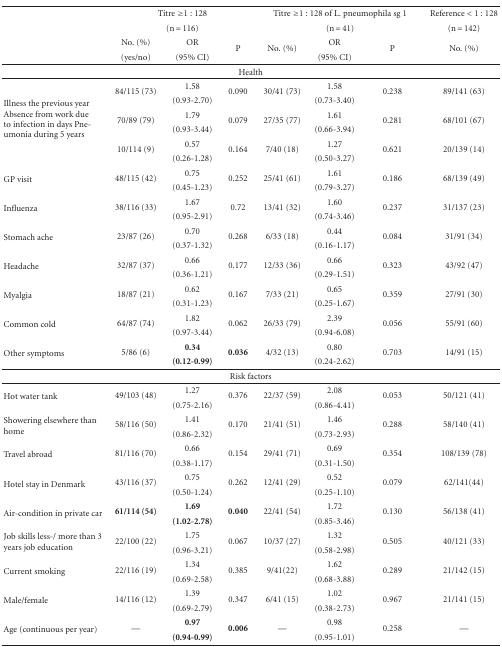
<table><thead><tr><td></td><td colspan="3"><b>Titre≥1 : 128</b></td><td colspan="3"><b>Titre≥1 : 128 of L. pneumophila sg 1</b></td><td><b>Reference &lt; 1 :128</b></td></tr><tr><td></td><td colspan="3"><b>(n = 116)</b></td><td colspan="3"><b>(n = 41)</b></td><td><b>(n=142)</b></td></tr><tr><td></td><td><b>No. (%)</b></td><td><b>OR</b></td><td rowspan="2"><b>P</b></td><td rowspan="2"><b>No. (%)</b></td><td><b>OR</b></td><td rowspan="2"><b>P</b></td><td rowspan="2"><b>No. (%)</b></td></tr><tr><td></td><td><b>(yes/no)</b></td><td><b>(95% CI)</b></td><td><b>(95% CI)</b></td></tr></thead><tbody><tr><td colspan="8">Health</td></tr><tr><td rowspan="6">Illness the previous yearAbsence from work due to infection in days Pneumonia during 5years </td><td rowspan="2">84/115 (73)</td><td>1.58</td><td rowspan="2">0.090</td><td rowspan="2">30/41 (73)</td><td>1.58</td><td rowspan="2">0.238</td><td rowspan="2">89/141 (63)</td></tr><tr><td>(0.93-2.70)</td><td>(0.73-3.40)</td></tr><tr><td rowspan="2">70/89 (79)</td><td>1.79</td><td rowspan="2">0.079</td><td rowspan="2">27/35 (77)</td><td>1.61</td><td rowspan="2">0.281</td><td rowspan="2">68/101 (67)</td></tr><tr><td>(0.93-3.44)</td><td>(0.66-3.94)</td></tr><tr><td rowspan="2">10/114 (9)</td><td>0.57</td><td rowspan="2">0.164</td><td rowspan="2">7/40 (18)</td><td>1.27</td><td rowspan="2">0.621</td><td rowspan="2">20/139 (14)</td></tr><tr><td>(0.26-1.28)</td><td>(0.50-3.27)</td></tr><tr><td rowspan="2">GP visit</td><td rowspan="2">48/115 (42)</td><td>0.75</td><td rowspan="2">0.252</td><td rowspan="2">25/41 (61)</td><td>1.61</td><td rowspan="2">0.186</td><td rowspan="2">68/139 (49)</td></tr><tr><td>(0.45-1.23)</td><td>(0.79-3.27)</td></tr><tr><td rowspan="2">Influenza</td><td rowspan="2">38/116 (33)</td><td>1.67</td><td rowspan="2">0.72</td><td rowspan="2">13/41 (32)</td><td>1.60</td><td rowspan="2">0.237</td><td rowspan="2">31/137 (23)</td></tr><tr><td>(0.95-2.91)</td><td>(0.74-3.46)</td></tr><tr><td rowspan="2">Stomach ache</td><td rowspan="2">23/87 (26)</td><td>0.70</td><td rowspan="2">0.268</td><td rowspan="2">6/33 (18)</td><td>0.44</td><td rowspan="2">0.084</td><td rowspan="2">31/91 (34)</td></tr><tr><td>(0.37-1.32)</td><td>(0.16-1.17)</td></tr><tr><td rowspan="2">Headache</td><td rowspan="2">32/87 (37)</td><td>0.66</td><td rowspan="2">0.177</td><td rowspan="2">12/33 (36)</td><td>0.66</td><td rowspan="2">0.323</td><td rowspan="2">43/92 (47)</td></tr><tr><td>(0.36-1.21)</td><td>(0.29-1.51)</td></tr><tr><td rowspan="2">Myalgia</td><td rowspan="2">18/87 (21)</td><td>0.62</td><td rowspan="2">0.167</td><td rowspan="2">7/33 (21)</td><td>0.65</td><td rowspan="2">0.359</td><td rowspan="2">27/91 (30)</td></tr><tr><td>(0.31-1.23)</td><td>(0.25-1.67)</td></tr><tr><td rowspan="2">Common cold</td><td rowspan="2">64/87 (74)</td><td>1.82</td><td rowspan="2">0.062</td><td rowspan="2">26/33 (79)</td><td>2.39</td><td rowspan="2">0.056</td><td rowspan="2">55/91 (60)</td></tr><tr><td>(0.97-3.44)</td><td>(0.94-6.08)</td></tr><tr><td rowspan="2">Other symptoms</td><td rowspan="2">5/86 (6)</td><td><b>0.34</b></td><td rowspan="2"><b>0.036</b></td><td rowspan="2">4/32 (13)</td><td>0.80</td><td rowspan="2">0.703</td><td rowspan="2">14/91 (15)</td></tr><tr><td><b>(0.12-0.99)</b></td><td>(0.24-2.62)</td></tr><tr><td colspan="8">Risk factors</td></tr><tr><td rowspan="2">Hot water tank</td><td rowspan="2">49/103 (48)</td><td>1.27</td><td rowspan="2">0.376</td><td rowspan="2">22/37 (59)</td><td>2.08</td><td rowspan="2">0.053</td><td rowspan="2">50/121 (41)</td></tr><tr><td>(0.75-2.16)</td><td>(0.86-4.41)</td></tr><tr><td rowspan="2">Showering elsewhere than home</td><td rowspan="2">58/116 (50)</td><td>1.41</td><td rowspan="2">0.170</td><td rowspan="2">21/41 (51)</td><td>1.46</td><td rowspan="2">0.288</td><td rowspan="2">58/140 (41)</td></tr><tr><td>(0.86-2.32)</td><td>(0.73-2.93)</td></tr><tr><td rowspan="2">Travel abroad</td><td rowspan="2">81/116 (70)</td><td>0.66</td><td rowspan="2">0.154</td><td rowspan="2">29/41 (71)</td><td>0.69</td><td rowspan="2">0.354</td><td rowspan="2">108/139 (78)</td></tr><tr><td>(0.38-1.17)</td><td>(0.31-1.50)</td></tr><tr><td rowspan="2">Hotel stay in Denmark</td><td rowspan="2">43/116 (37)</td><td>0.75</td><td rowspan="2">0.262</td><td rowspan="2">12/41 (29)</td><td>0.52</td><td rowspan="2">0.079</td><td rowspan="2">62/141(44)</td></tr><tr><td>(0.50-1.24)</td><td>(0.25-1.10)</td></tr><tr><td rowspan="2">Air-condition in private car</td><td rowspan="2"><b>61/114 (54)</b></td><td><b>1.69</b></td><td rowspan="2"><b>0.040</b></td><td rowspan="2">22/41 (54)</td><td>1.72</td><td rowspan="2">0.130</td><td rowspan="2">56/138 (41)</td></tr><tr><td><b>(1.02-2.78)</b></td><td>(0.85-3.46)</td></tr><tr><td rowspan="2">Job skills less-/ more than 3 years job education</td><td rowspan="2">22/100 (22)</td><td>1.75</td><td rowspan="2">0.067</td><td rowspan="2">10/37 (27)</td><td>1.32</td><td rowspan="2">0.505</td><td rowspan="2">40/121 (33)</td></tr><tr><td>(0.96-3.21)</td><td>(0.58-2.98)</td></tr><tr><td rowspan="2">Current smoking</td><td rowspan="2">22/116 (19)</td><td>1.34</td><td rowspan="2">0.385</td><td rowspan="2">9/41(22)</td><td>1.62</td><td rowspan="2">0.289</td><td rowspan="2">21/142 (15)</td></tr><tr><td>(0.69-2.58)</td><td>(0.68-3.88)</td></tr><tr><td rowspan="2">Male/female</td><td rowspan="2">14/116 (12)</td><td>1.39</td><td rowspan="2">0.347</td><td rowspan="2">6/41 (15)</td><td>1.02</td><td rowspan="2">0.967</td><td rowspan="2">21/141 (15)</td></tr><tr><td>(0.69-2.79)</td><td>(0.38-2.73)</td></tr><tr><td rowspan="2">Age (continuous per year)</td><td rowspan="2">—</td><td><b>0.97</b></td><td rowspan="2"><b>0.006</b></td><td rowspan="2">—</td><td>0.98</td><td rowspan="2">0.258</td><td rowspan="2">—</td></tr><tr><td><b>(0.94-0.99)</b></td><td>(0.95-1.01)</td></tr></tbody></table>